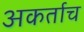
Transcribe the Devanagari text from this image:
अकर्ताच